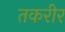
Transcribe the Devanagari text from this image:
तकरीर